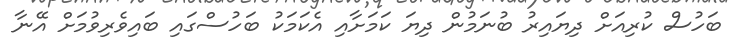
ބަހުސް ކުރިއަށް ދިޔައިރު ބުނަމުން ދިޔަ ކަމަށާއި އެކަމަކު ބަހުސްގައި ބައިވެރިވުމަށް އޭނާ